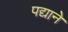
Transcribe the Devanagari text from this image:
पद्याने